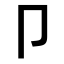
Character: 卩